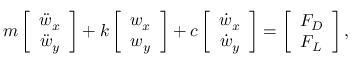
m \left[ \begin{array} { c } { \ddot { w } _ { x } } \\ { \ddot { w } _ { y } } \end{array} \right] + k \left[ \begin{array} { c } { w _ { x } } \\ { w _ { y } } \end{array} \right] + c \left[ \begin{array} { c } { \dot { w } _ { x } } \\ { \dot { w } _ { y } } \end{array} \right] = \left[ \begin{array} { c } { F _ { D } } \\ { F _ { L } } \end{array} \right] ,